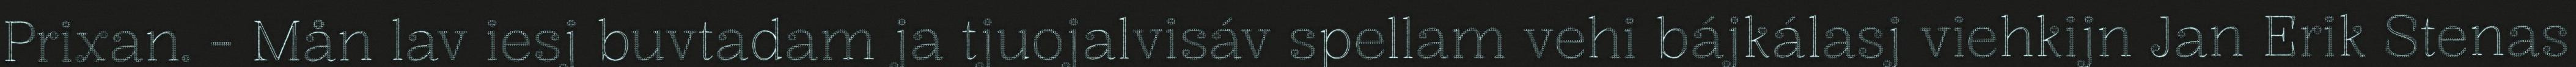
Prixan. - Mån lav iesj buvtadam ja tjuojalvisáv spellam vehi bájkálasj viehkijn Jan Erik Stenas